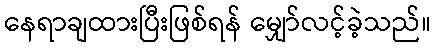
နေရာချထားပြီးဖြစ်ရန် မျှော်လင့်ခဲ့သည်။